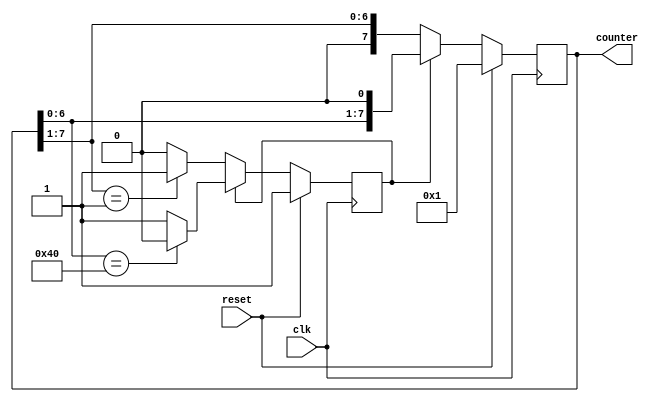
module shift_counter(output reg [7:0] counter,
                     input clk, reset);
reg inc;                     
always @(posedge clk)
begin
  if(reset == 1) begin
    inc = 1'b1;
    counter = 8'b0000_0001;
  end
  else       
    if(inc == 1'b1) begin
      counter = {counter[6:0], 1'b0};
      if(counter == 8'b1000_0000)
        inc = 1'b0;              
    end
    else begin
      counter = {1'b0, counter[7:1]};
      if(counter == 8'b0000_0001)
        inc = 1'b1;
    end
end
endmodule